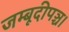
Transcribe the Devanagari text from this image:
जम्बूदीपञ्च।